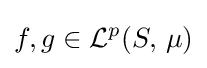
f,g\in {\mathcal {L}}^{p}(S,\,\mu )